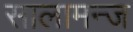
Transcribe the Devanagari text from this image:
सालामन्ज